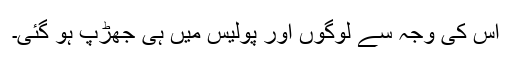
اس کی وجہ سے لوگوں اور پولیس میں ہی جھڑپ ہو گئی۔